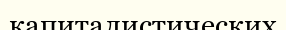
капиталистических